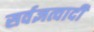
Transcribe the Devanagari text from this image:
सर्वज्ञत्वादी